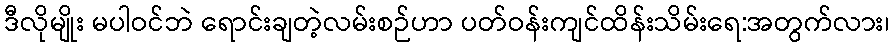
ဒီလိုမျိုး မပါဝင်ဘဲ ရောင်းချတဲ့လမ်းစဉ်ဟာ ပတ်ဝန်းကျင်ထိန်းသိမ်းရေ:အတွက်လား၊